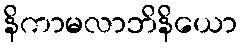
နိကာမလာဘိနိယော